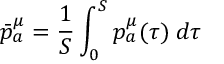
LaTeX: \bar { p } _ { a } ^ { \mu } = \frac { 1 } { S } \int _ { 0 } ^ { S } p _ { a } ^ { \mu } ( \tau ) \; d \tau